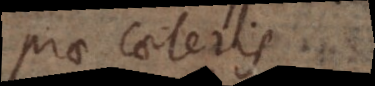
prae caeteris